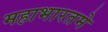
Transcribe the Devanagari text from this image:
महाभारतमे